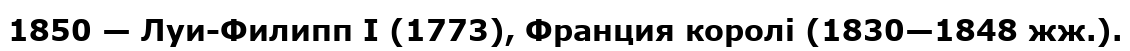
1850 — Луи-Филипп I (1773), Франция королі (1830—1848 жж.).